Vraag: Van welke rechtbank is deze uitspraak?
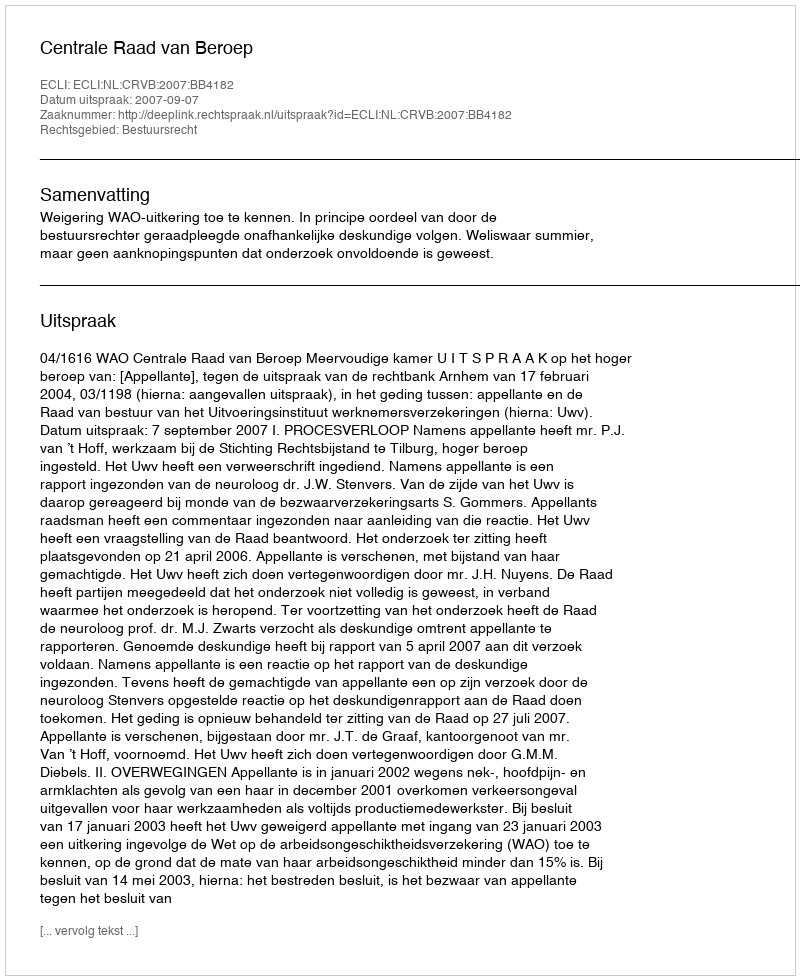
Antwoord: Centrale Raad van Beroep